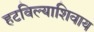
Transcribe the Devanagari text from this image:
हटविल्याशिवाय